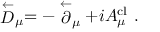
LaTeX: \stackrel { \leftarrow } { D } _ { \mu } = - \stackrel { \leftarrow } { \partial } _ { \mu } + i A _ { \mu } ^ { \mathrm { c l } } \ .